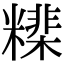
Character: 𥼠